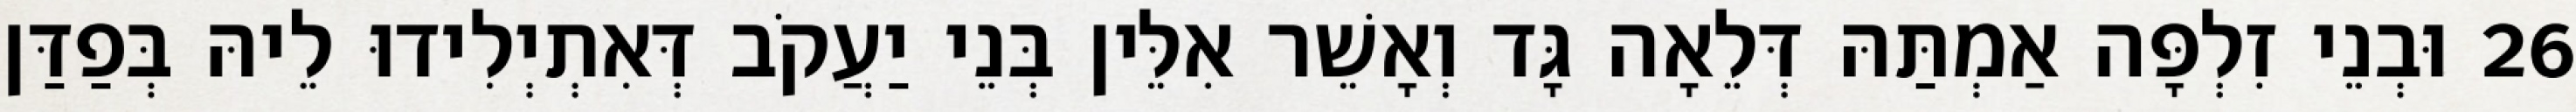
26 וּבְנֵי זִלְפָּה אַמְתַּהּ דְּלֵאָה גָּד וְאָשֵׁר אִלֵּין בְּנֵי יַעֲקֹב דְּאִתְיְלִידוּ לֵיהּ בְּפַדַּן